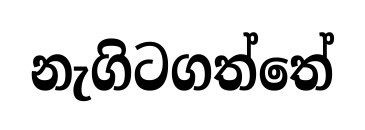
නැගිටගත්තේ